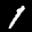
Label: 1